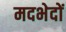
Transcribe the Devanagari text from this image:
मदभेदों